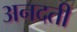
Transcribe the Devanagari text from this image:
अनदती